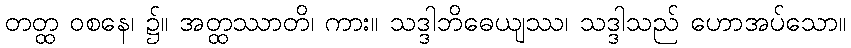
တတ္ထ ဝစနေ၊ ၌။ အတ္ထဿာတိ၊ ကား။ သဒ္ဒါဘိဓေယျဿ၊ သဒ္ဒါသည် ဟောအပ်သော။